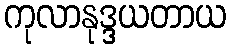
ကုလာနုဒ္ဒယတာယ